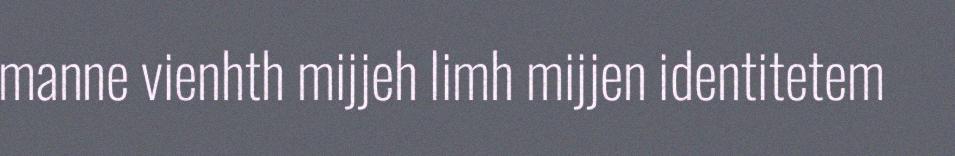
manne vienhth mijjeh limh mijjen identitetem